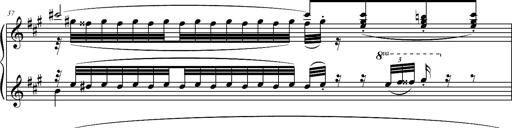
Title: 2 LÃ©gendes
Composer: Franz Liszt